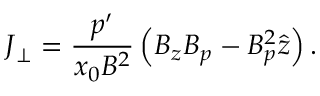
\boldsymbol { J } _ { \perp } = \frac { p ^ { \prime } } { x _ { 0 } B ^ { 2 } } \left( B _ { z } \boldsymbol { B } _ { p } - B _ { p } ^ { 2 } \boldsymbol { \hat { z } } \right) .